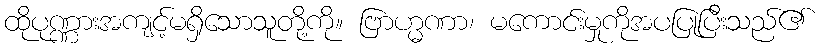
ထိုပုဏ္ဏားအကျင့်မရှိသောသူတို့ကို။ ဗြာဟ္မဏာ၊ မကောင်းမှုကိုအပပြုပြီးသည်၏